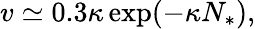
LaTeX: v\simeq 0.3\kappa\exp(-\kappa N_{*}),